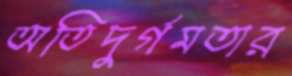
অতিদুর্গমতার